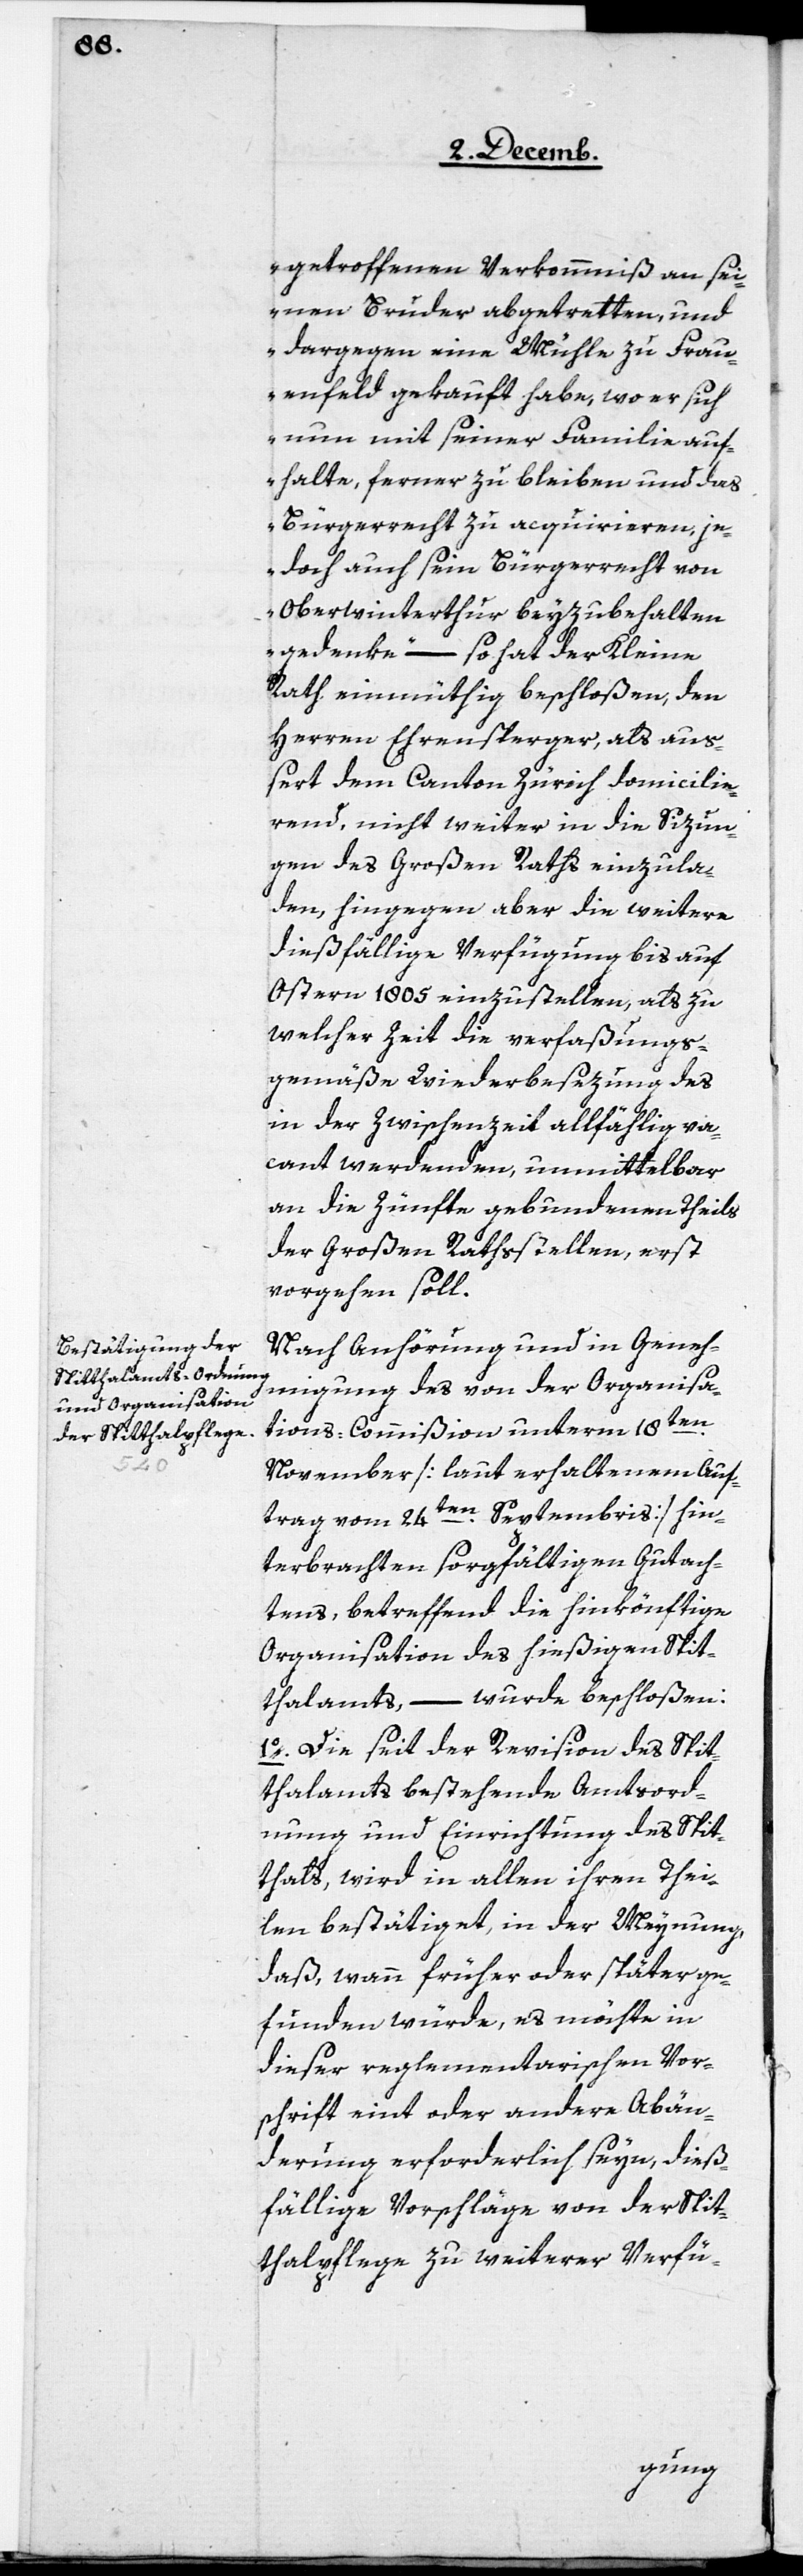
getroffenen Verkommniß an sei¬
nen Bruder abgetretten, und
dargegen eine Mühle zu Frau¬
enfeld gekauft habe, wo er sich
nun mit seiner Familie auf¬
halte, ferner zu bleiben und das
Bürgerrecht zu acquirieren, je¬
doch auch sein Bürgerrecht von
Oberwinterthur beyzubehalten
gedenke“ – so hat der Kleine
Rath einmüthig beschloßen, den
Herren Ehrensperger, als auß¬
ert dem Canton Zürich domicilie¬
rend, nicht weiter in die Sizun¬
gen des Großen Raths einzula¬
den, hingegen aber die weitere
dießfällige Verfügung bis auf
Ostern 1805 einzustellen, als zu
welcher Zeit die verfaßungs¬
gemäße Wiederbesezung des
in der Zwischenzeit allfählig va¬
cant werdenden, unmittelbar
an die Zünfte gebundenen Theils
der Großen Rathsstellen, erst
vorgehen soll.
Nach Anhörung und in Geneh¬
migung des von der Organisa¬
tions-Commißion unterm 18ten.
November [laut erhaltenem Auf¬
trag vom 24ten. Septembris] hin¬
terbrachten sorgfältigen Gutach¬
tens, betreffend die hinkönftige
Organisation des hießigen Spit¬
thalamts, – wurde beschloßen:
1. Die seit der Revision des Spit¬
thalamts bestehende Amtsord¬
nung und Einrichtung des Spit¬
thals, wird in allen ihren Thei¬
len bestätiget, in der Meynung,
daß, wann früher oder später ge¬
funden würde, es möchte in
dieser reglementarischen Vor¬
schrift eint oder andere Abän¬
derung erforderlich seyn, dieß¬
fällige Vorschläge von der Spit¬
thalpflege zu weiterer Verfü-